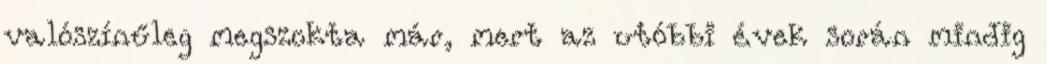
valószínűleg megszokta már, mert az utóbbi évek során mindig